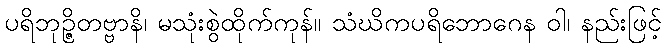
ပရိဘုဉ္ဇိတဗ္ဗာနိ၊ မသုံးစွဲထိုက်ကုန်။ သံဃိကပရိဘောဂေန ဝါ၊ နည်းဖြင့်